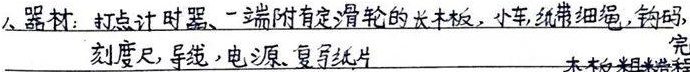
器材：打点计时器、一端附有定滑轮的长木板、小车、纸带、细绳、钩码、刻度尺、导线、电源、复写纸片。